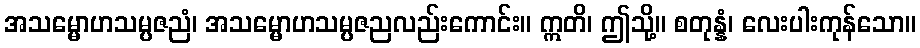
အသမ္မောဟသမ္ပဇညံ၊ အသမ္မောဟသမ္ပဇညလည်းကောင်း။ ဣတိ၊ ဤသို့။ စတုန္နံ၊ လေးပါးကုန်သော။